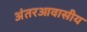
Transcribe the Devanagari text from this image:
अंतरआवासीय